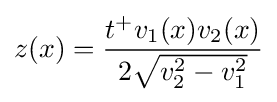
z(x)={\frac {t^{+}v_{1}(x)v_{2}(x)}{2{\sqrt {v_{2}^{2}-v_{1}^{2}}}}}